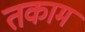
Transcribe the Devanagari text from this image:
तकाम